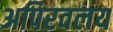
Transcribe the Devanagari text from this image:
अपिरवलय